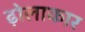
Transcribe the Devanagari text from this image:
ढ़ोलाकार